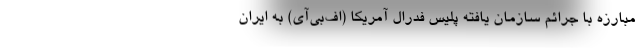
مبارزه با جرائم سازمان یافته پلیس فدرال آمریکا (اف‌بی‌آی) به ایران